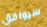
سيوافق